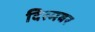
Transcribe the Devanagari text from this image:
दिस्मबर